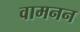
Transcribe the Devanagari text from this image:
वामनन